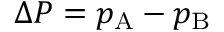
\Delta P = p _ { \mathrm { { A } } } - p _ { \mathrm { { B } } }